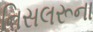
નિસલરૂના